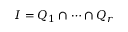
I = Q _ { 1 } \cap \cdots \cap Q _ { r }